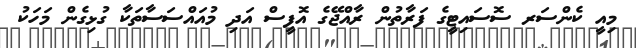
މިއީ ކެންސަރ ސޮސައިޓީގެ ފަރާތުން ރާއްޖޭގެ އޮފީސް އަދި މުއައްސަސާތަކާ ގުޅިގެން މަހަކު